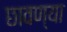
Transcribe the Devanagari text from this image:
छावण्‍या